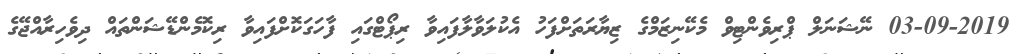
03-09-2019 ނޭޝަނަލް ޕްރިވެންޓިވް މެކޭނިޒަމްގެ ޒިޔާރަތަށްފަހު އެކުލަވާލާފައިވާ ރިޕޯޓްގައި ފާހަގަކޮށްފައިވާ ރިކޮމެންޑޭޝަންތައް ދިވެހިރާއްޖޭގެ